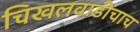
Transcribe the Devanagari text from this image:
चिखलवाडीचाच